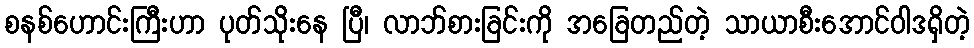
စနစ်ဟောင်းကြီးဟာ ပုတ်သိုးနေ ပြီ၊ လာဘ်စားခြင်းကို အခြေတည်တဲ့ သာယာစီးအောင်ဝါဒရှိတဲ့